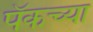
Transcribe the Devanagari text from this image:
पॅकच्या